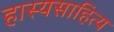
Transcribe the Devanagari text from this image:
हास्यसाहित्य